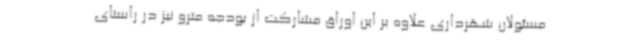
مسئولان شهرداری علاوه بر این اوراق مشارکت از بودجه مترو نیز در راستای